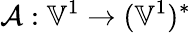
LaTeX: \mathcal{A}:\mathbb{V}^{1}\to(\mathbb{V}^{1})^{*}